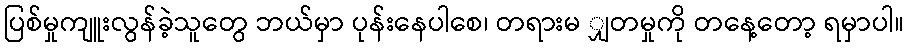
ပြစ်မှုကျူးလွန်ခဲ့သူတွေ ဘယ်မှာ ပုန်းနေပါစေ၊ တရားမ ျှတမှုကို တနေ့တော့ ရမှာပါ။